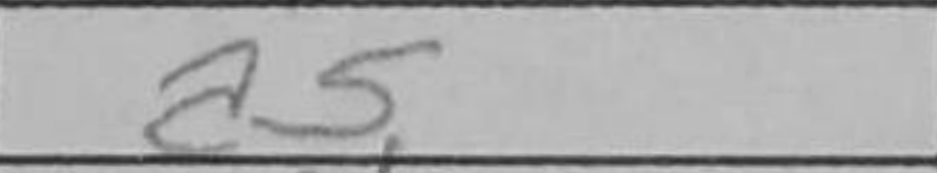
Transcription: a5